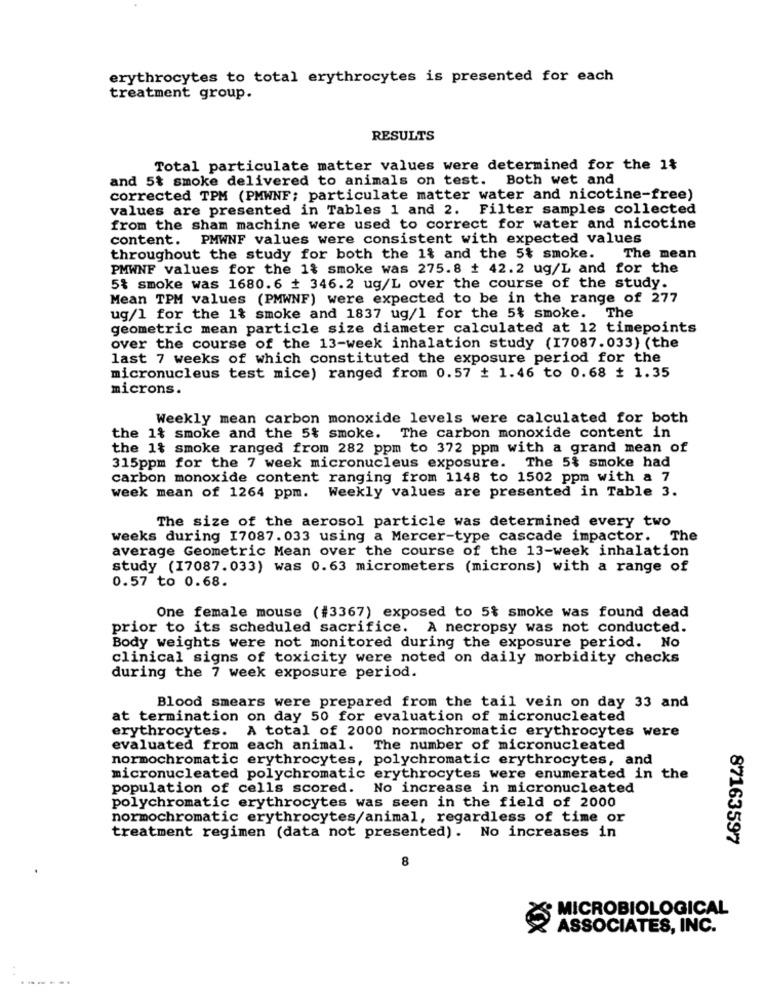
erythrocytes to total erythrocytes is presented for each
treatment group.
RESULTS
Total particulate matter values were determined for the 1%
and 5% smoke delivered to animals on test. Both wet and
corrected TPM (PMWNF; particulate matter water and nicotine-free)
values are presented in Tables 1 and 2. Filter samples collected
from the sham machine were used to correct for water and nicotine
content. PMWNF values were consistent with expected values
throughout the study for both the 1& and the 5% smoke.
The mean
PMWNF values for the 1& smoke was 275.8 # 42.2 ug/L and for the
5% smoke was 1680.6 + 346.2 ug/L over the course of the study.
Mean TPM values (PMWNF) were expected to be in the range of 277
ug/1 for the 1% smoke and 1837 ug/1 for the 5% smoke. The
geometric mean particle size diameter calculated at 12 timepoints
over the course of the 13-week inhalation study (17087.033) (the
last 7 weeks of which constituted the exposure period for the
micronucleus test mice) ranged from 0.57 # 1.46 to 0.68 # 1.35
microns.
Weekly mean carbon monoxide levels were calculated for both
the 1% smoke and the 5% smoke. The carbon monoxide content in
the 1& smoke ranged from 282 ppm to 372 ppm with a grand mean of
315ppm for the 7 week micronucleus exposure. The 5% smoke had
carbon monoxide content ranging from 1148 to 1502 ppm with a 7
week mean of 1264 ppm. Weekly values are presented in Table 3.
The size of the aerosol particle was determined every two
weeks during I7087.033 using a Mercer-type cascade impactor. The
average Geometric Mean over the course of the 13-week inhalation
study (17087.033) was 0.63 micrometers (microns) with a range of
0.57 to 0.68.
One female mouse (#3367) exposed to 5% smoke was found dead
prior to its scheduled sacrifice. A necropsy was not conducted.
Body weights were not monitored during the exposure period. No
clinical signs of toxicity were noted on daily morbidity checks
during the 7 week exposure period.
Blood smears were prepared from the tail vein on day 33 and
at termination on day 50 for evaluation of micronucleated
erythrocytes. A total of 2000 normochromatic erythrocytes were
evaluated from each animal. The number of micronucleated
normochromatic erythrocytes, polychromatic erythrocytes, and
micronucleated polychromatic erythrocytes were enumerated in the
population of cells scored. No increase in micronucleated
polychromatic erythrocytes was seen in the field of 2000
normochromatic erythrocytes/animal, regardless of time or
treatment regimen (data not presented). No increases in
87163597
8
MICROBIOLOGICAL
Xxx
ASSOCIATES, INC.
..